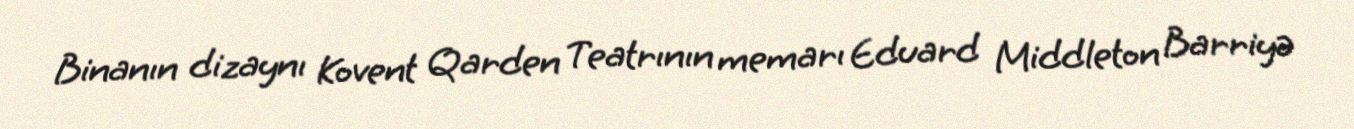
Binanın dizaynı Kovent Qarden Teatrının memarı Eduard Middleton Barriyə